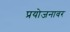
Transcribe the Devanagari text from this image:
प्रयोजनावर